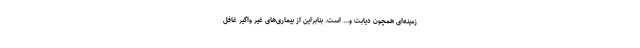
زمینه‌ای همچون دیابت و... است. بنابراین از بیماری‌های غیر واگیر غافل